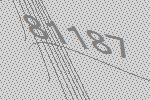
81187